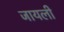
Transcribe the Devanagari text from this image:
जायली